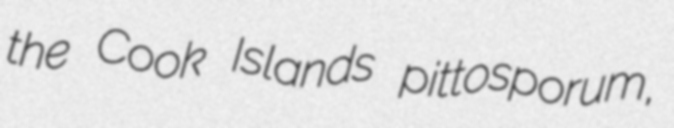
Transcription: the Cook Islands pittosporum,